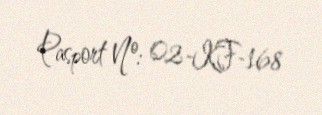
Pasport №: 02-KF-168